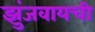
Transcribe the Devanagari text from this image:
झुंजवायची